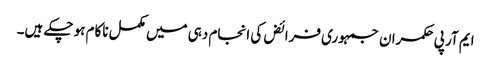
ایم آر پی	حکمران جمہوری فرائض کی انجام دہی میں مکمل ناکام ہو چکے ہیں۔